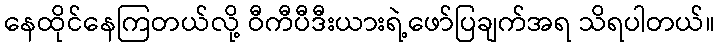
နေထိုင်နေကြတယ်လို့ ဝီကီပီဒီးယားရဲ့ဖော်ပြချက်အရ သိရပါတယ်။